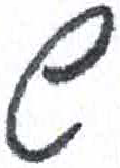
אות: ש